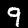
Label: 9